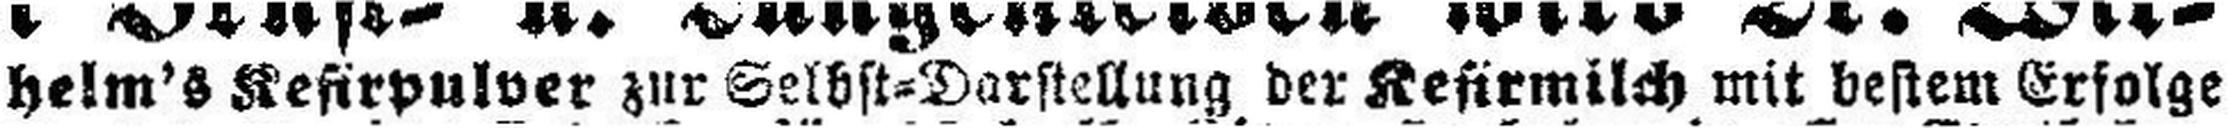
helm's Kefirpulver zur Selbst=Darstellung der Kefirmilch mit bestem Erfolge